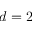
d = 2